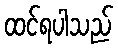
ထင်ရပါသည်